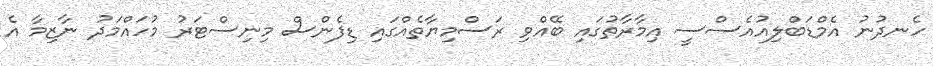
ހެނދުނު އެމްޑަބްލިއުއެސްސީ އިމާރާތުގައި ބޭއްވި ރަސްމިޔާތެއްގައި ޑިފެންސް މިނިސްޓަރު މުހައްމަދު ނާޒިމާ އެ